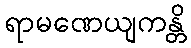
ရာမဏေယျကန္တိ